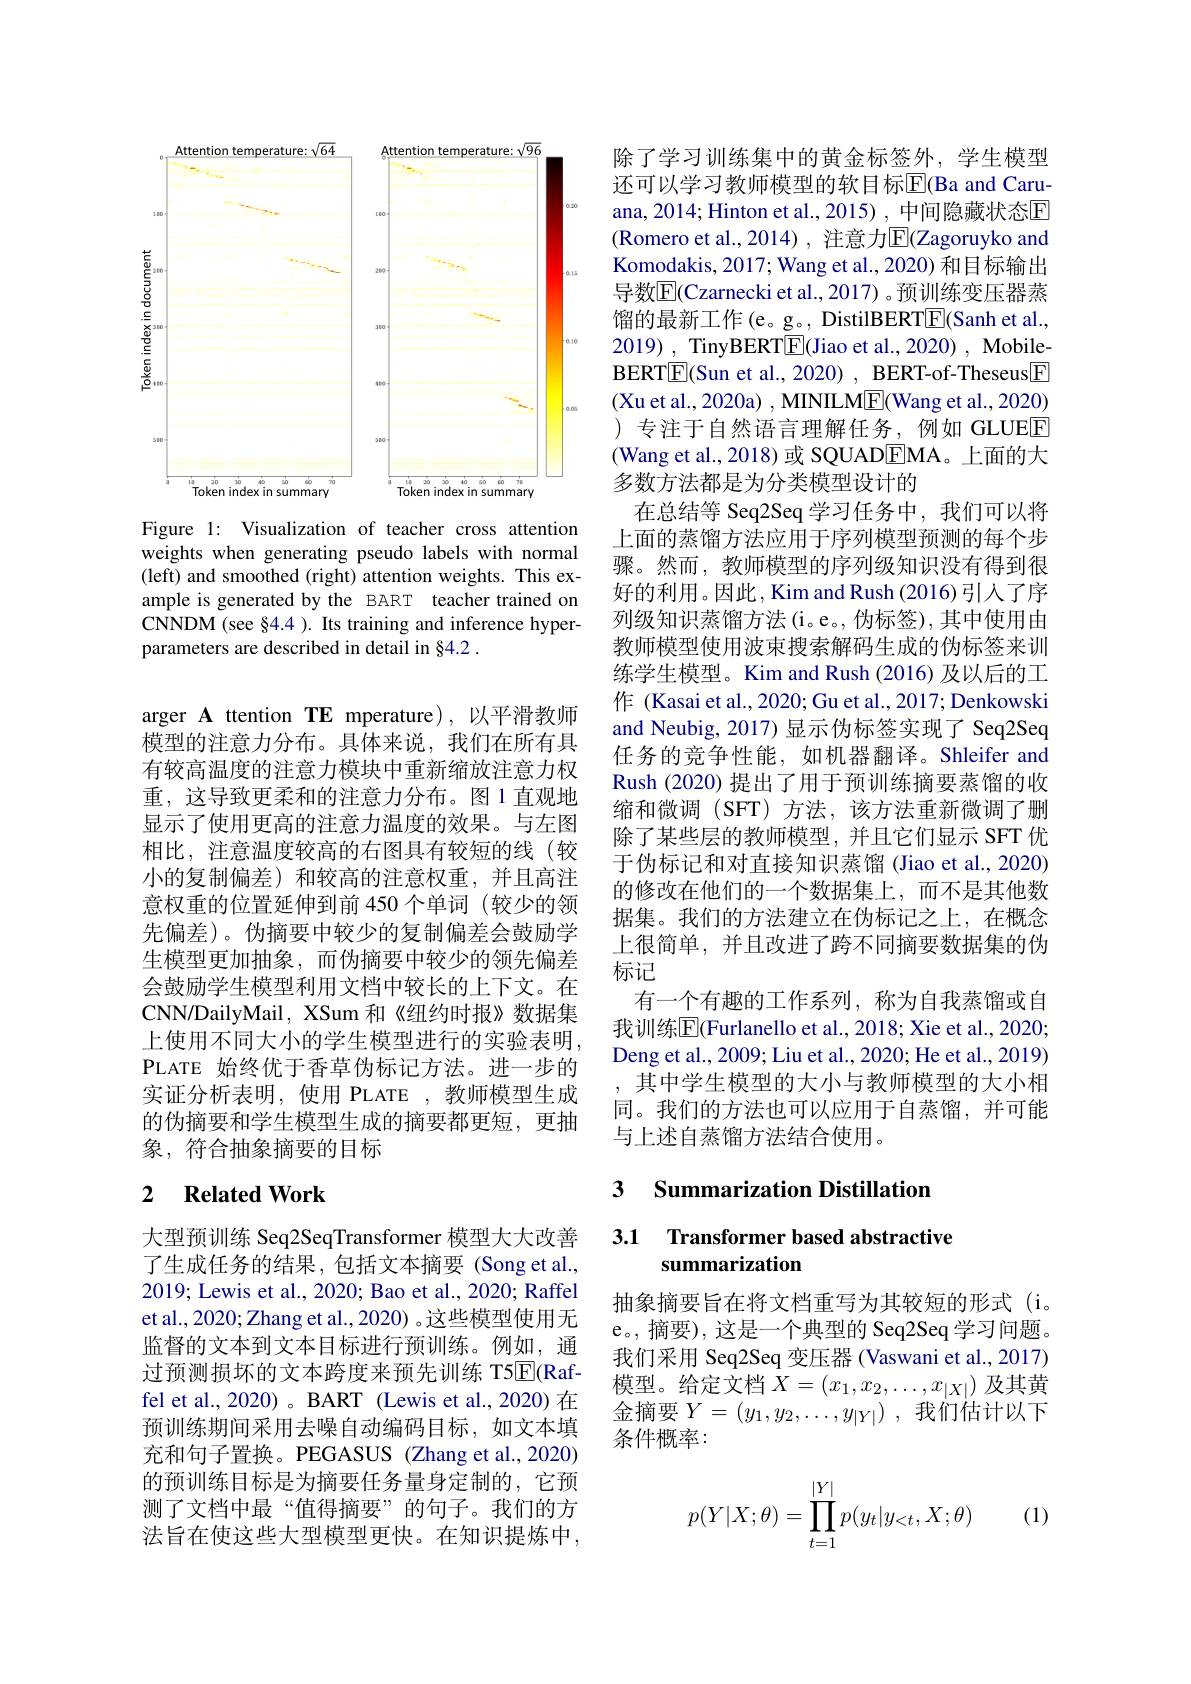
<FigureHere>

Figure 1: Visualization of teacher cross attention weights when generating pseudo labels with normal (left) and smoothed (right) attention weights. This example is generated by the BART teacher trained on CNNDM (see §4.4 ). Its training and inference hyperparameters are described in detail in §4.2 .

arger A ttention TE mperature),以平滑教师模型的注意力分布。具体来说，我们在所有具有较高温度的注意力模块中重新缩放注意力权重，这导致更柔和的注意力分布。图 1 直观地显示了使用更高的注意力温度的效果。与左图相比，注意温度较高的右图具有较短的线(较小的复制偏差)和较高的注意权重，并且高注意权重的位置延伸到前 450 个单词 (较少的领先偏差)。伪摘要中较少的复制偏差会鼓励学生模型更加抽象，而伪摘要中较少的领先偏差会鼓励学生模型利用文档中较长的上下文。在CNN/DailyMail, XSum 和《纽约时报》数据集上使用不同大小的学生模型进行的实验表明， PLATE始终优于香草伪标记方法。进一步的实证分析表明，使用 PLATE ,教师模型生成的伪摘要和学生模型生成的摘要都更短，更抽象，符合抽象摘要的目标

## 2 $\textbf{Related Work}$

大型预训练 Seq2SeqTransformer 模型大大改善了生成任务的结果，包括文本摘要(Song et al. 2019; Lewis et al., 2020; Bao et al., 2020; Raffel et al., 2020; Zhang et al., 2020) 。这些模型使用无监督的文本到文本目标进行预训练。例如，通过预测损坏的文本跨度来预先训练 T5$\overline{\mathrm{E}}($Raffel et al., 2020) 。BART (Lewis et al., 2020) 在预训练期间采用去噪自动编码目标，如文本填充和句子置换。PEGASUS (Zhang et al., 2020) 的预训练目标是为摘要任务量身定制的，它预测了文档中最“值得摘要”的句子。我们的方法旨在使这些大型模型更快。在知识提炼中，

除了学习训练集中的黄金标签外，学生模型还可以学习教师模型的软目标$\overline{\mathrm{E}}($Ba and Caruana, 2014; Hinton et al., 2015) , 中间隐藏状态E (Romero et al., 2014), 注意力$\overline{\mathrm{E}}($Zagoruyko and Komodakis, 2017; Wang et al., 2020) 和目标输出导数$\overline{\mathbb{E}}($Czarnecki et al., 2017) 。预训练变压器蒸馏的最新工作(e。g。, DistilBERT$\boxed{\mathrm{F}}($Sanh et al., 2019) , TinyBERT$\boxed{\mathrm{E}}($Jiao et al., 2020) , MobileBERTE(Sun et al., 2020) , BERT-of-Theseus[F] (Xu et al., 2020a) , MINILME(Wang et al., 2020) )专注于自然语言理解任务，例如 GLUEE (Wang et al., 2018)或 SQUADEMA。上面的大多数方法都是为分类模型设计的
在总结等 Seq2Seq 学习任务中，我们可以将上面的蒸馏方法应用于序列模型预测的每个步骤。然而，教师模型的序列级知识没有得到很好的利用。因此，Kim and Rush (2016) 引入了序列级知识蒸馏方法(i。e。,伪标签),其中使用由教师模型使用波束搜索解码生成的伪标签来训练学生模型。Kim and Rush (2016) 及以后的工作 (Kasai et al., 2020; Gu et al., 2017; Denkowski and Neubig, 2017) 显示伪标签实现了 Seq2Seq 任务的竞争性能，如机器翻译。Shleifer and Rush (2020) 提出了用于预训练摘要蒸馏的收缩和微调(SFT)方法，该方法重新微调了删除了某些层的教师模型，并且它们显示 SFT 优于伪标记和对直接知识蒸馏 (Jiao et al., 2020) 的修改在他们的一个数据集上，而不是其他数据集。我们的方法建立在伪标记之上，在概念上很简单，并且改进了跨不同摘要数据集的伪标记
有一个有趣的工作系列，称为自我蒸馏或自我训练$\overline{\mathbb{E}}($Furlanello et al., 2018; Xie et al., 2020; Deng et al., 2009; Liu et al., 2020; He et al., 2019)
其中学生模型的大小与教师模型的大小相同。我们的方法也可以应用于自蒸馏，并可能与上述自蒸馏方法结合使用。

### 3 Summarization Distillatior

### 3.1 Transformer based abstractive summarization

抽象摘要旨在将文档重写为其较短的形式(i, e。,摘要), 这是一个典型的 Seq2Seq 学习问题。我们采用 Seq2Seq 变压器 (Vaswani et al., 2017) 模型。给定文档$\bar{X}=(x_1,x_2,\ldots,x_{|X|})$及其黄金摘要$Y=\left(y_1,y_2,\ldots,y_{|Y|}\right)$,我们估计以下条件概率：
$$p(Y|X;\theta)=\prod\limits_{t=1}^{|Y|}p(y_t|y_{<t},X;\theta)$$
(1)